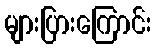
များပြားကြောင်း